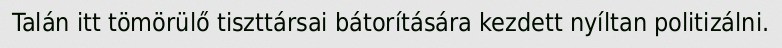
Talán itt tömörülő tiszttársai bátorítására kezdett nyíltan politizálni.